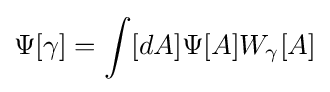
\Psi [\gamma ]=\int [dA]\Psi [A]W_{\gamma }[A]